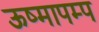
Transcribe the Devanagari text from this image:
ऊष्मापम्प